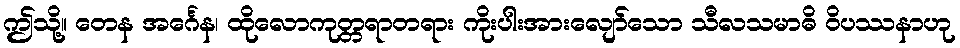
ဤသို့။ တေန အင်္ဂေန၊ ထိုလောကုတ္တရာတရား ကိုးပါးအားလျော်သော သီလသမာဓိ ဝိပဿနာဟု